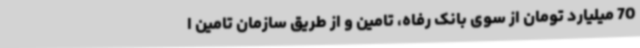
70 میلیارد تومان از سوی بانک رفاه، تامین و از طریق سازمان تامین ا